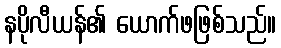
နပိုလီယန်၏ ယောက်ဖဖြစ်သည်။